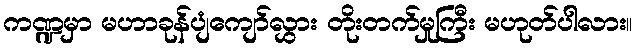
ကဏ္ဍမှာ မဟာခုန်ပျံကျော်လွှား တိုးတက်မှုကြီး မဟုတ်ပါလား။